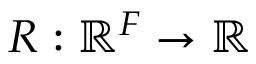
R : \mathbb { R } ^ { F } \xrightarrow [ ] { } \mathbb { R }